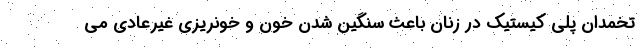
تخمدان پلی کیستیک در زنان باعث سنگین شدن خون و خونریزی غیرعادی می